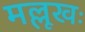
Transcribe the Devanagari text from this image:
मल्लूखः